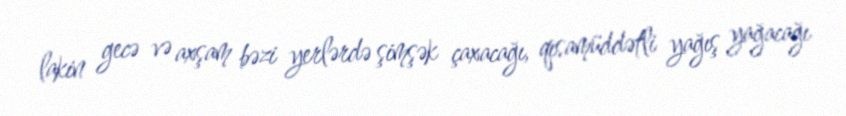
lakin gecə və axşam bəzi yerlərdə şimşək çaxacağı, qısamüddətli yağış yağacağı